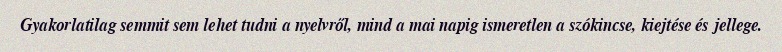
Gyakorlatilag semmit sem lehet tudni a nyelvről, mind a mai napig ismeretlen a szókincse, kiejtése és jellege.